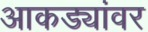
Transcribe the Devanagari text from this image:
आकड्यांवर